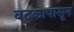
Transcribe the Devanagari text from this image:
बदकापासून